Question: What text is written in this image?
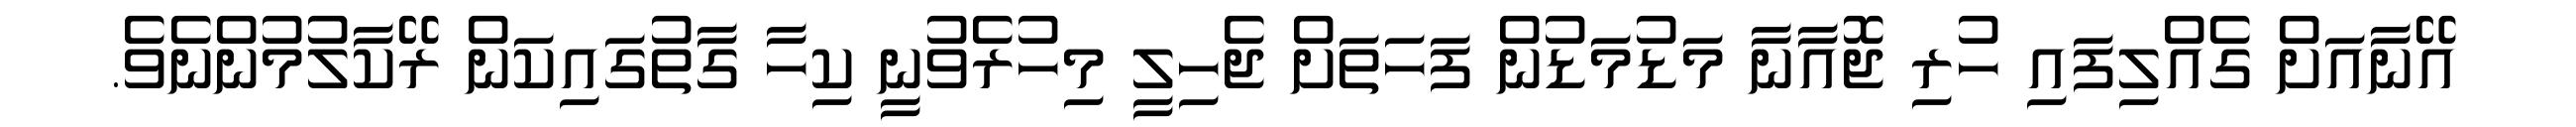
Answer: އޭނާއަށް ގެއްލިފައި ހުރި ޖޮއާނާ މަޑުމަޑުން ފަހަތަށް ޖެހިލީ މިހުރެވުނީ ކިހާ ގާތުގައިކަން ރޭކާލުމުންނެވެ.